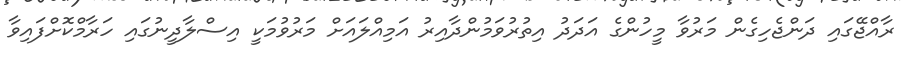
ރާއްޖޭގައި ދަންޖެހިގެން މަރުވާ މީހުންގެ އަދަދު އިތުރުވަމުންދާއިރު އަމިއްލައަށް މަރުވުމަކީ އިސްލާދީނުގައި ހަރާމްކޮށްފައިވާ